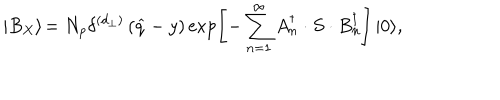
\left| B _ { X } \right\rangle \! = N _ { p } \delta ^ { \left( d _ { \bot } \right) } \left( \widehat { q } - y \right) \exp \left[ - \sum _ { n = 1 } ^ { \infty } A _ { n } ^ { \dagger } \cdot S \cdot B _ { n } ^ { \dagger } \right] \left| 0 \right\rangle \! ,